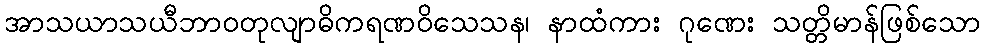
အာသယာသယီဘာဝတုလျာဓိကရဏဝိသေသန၊ နာထံကား ဂုဏေး သတ္တိမာန်ဖြစ်သော